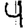
Digit: 9